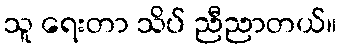
သူ ရေးတာ သိပ် ညီညာတယ်။